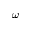
\omega